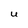
Character: U